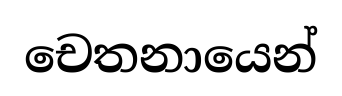
චෙතනායෙන්